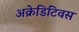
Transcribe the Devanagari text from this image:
अक्रेडिटिवस